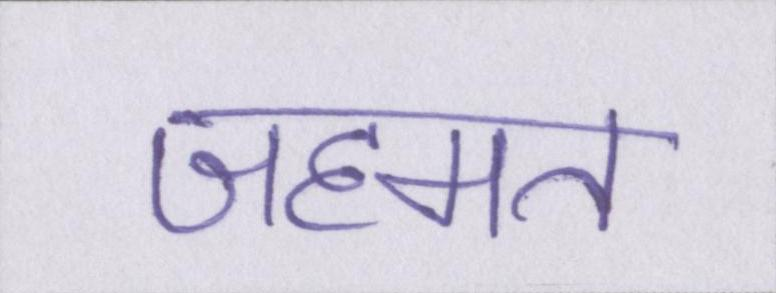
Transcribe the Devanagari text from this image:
जहमत